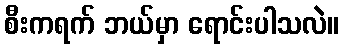
စီးကရက် ဘယ်မှာ ရောင်းပါသလဲ။